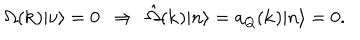
\Omega ( { \bf k } ) | \nu \rangle = 0 \ \ \Rightarrow \ \ \hat { \Omega } ( { \bf k } ) | n \rangle = a _ { Q } ( { \bf k } ) | n \rangle = 0 .